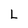
Character: L